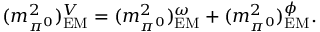
( m _ { \pi ^ { 0 } } ^ { 2 } ) _ { \mathrm { E M } } ^ { V } = ( m _ { \pi ^ { 0 } } ^ { 2 } ) _ { \mathrm { E M } } ^ { \omega } + ( m _ { \pi ^ { 0 } } ^ { 2 } ) _ { \mathrm { E M } } ^ { \phi } .